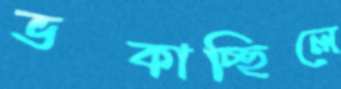
ভড়্‌কাচ্ছিলে